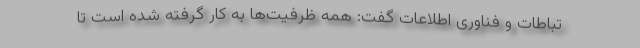
تباطات و فناوری اطلاعات گفت: همه ظرفیت‌ها به کار گرفته شده است تا